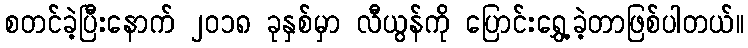
စတင်ခဲ့ပြီးနောက် ၂၀၁၈ ခုနှစ်မှာ လီယွန်ကို ပြောင်းရွှေ့ခဲ့တာဖြစ်ပါတယ်။